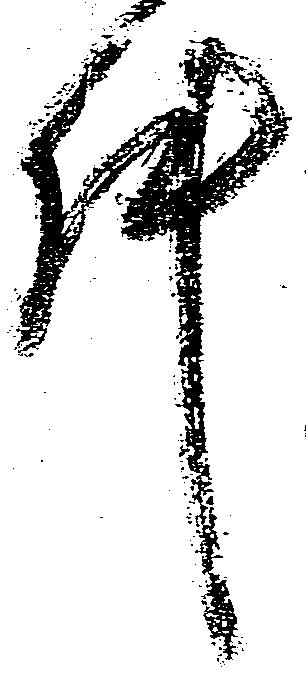
件